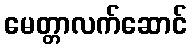
မေတ္တာလက်ဆောင်